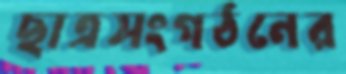
ছাত্রসংগঠনের